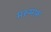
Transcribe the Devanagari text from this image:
मरुमारू